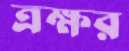
ত্রক্ষর